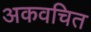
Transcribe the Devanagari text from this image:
अकवचित